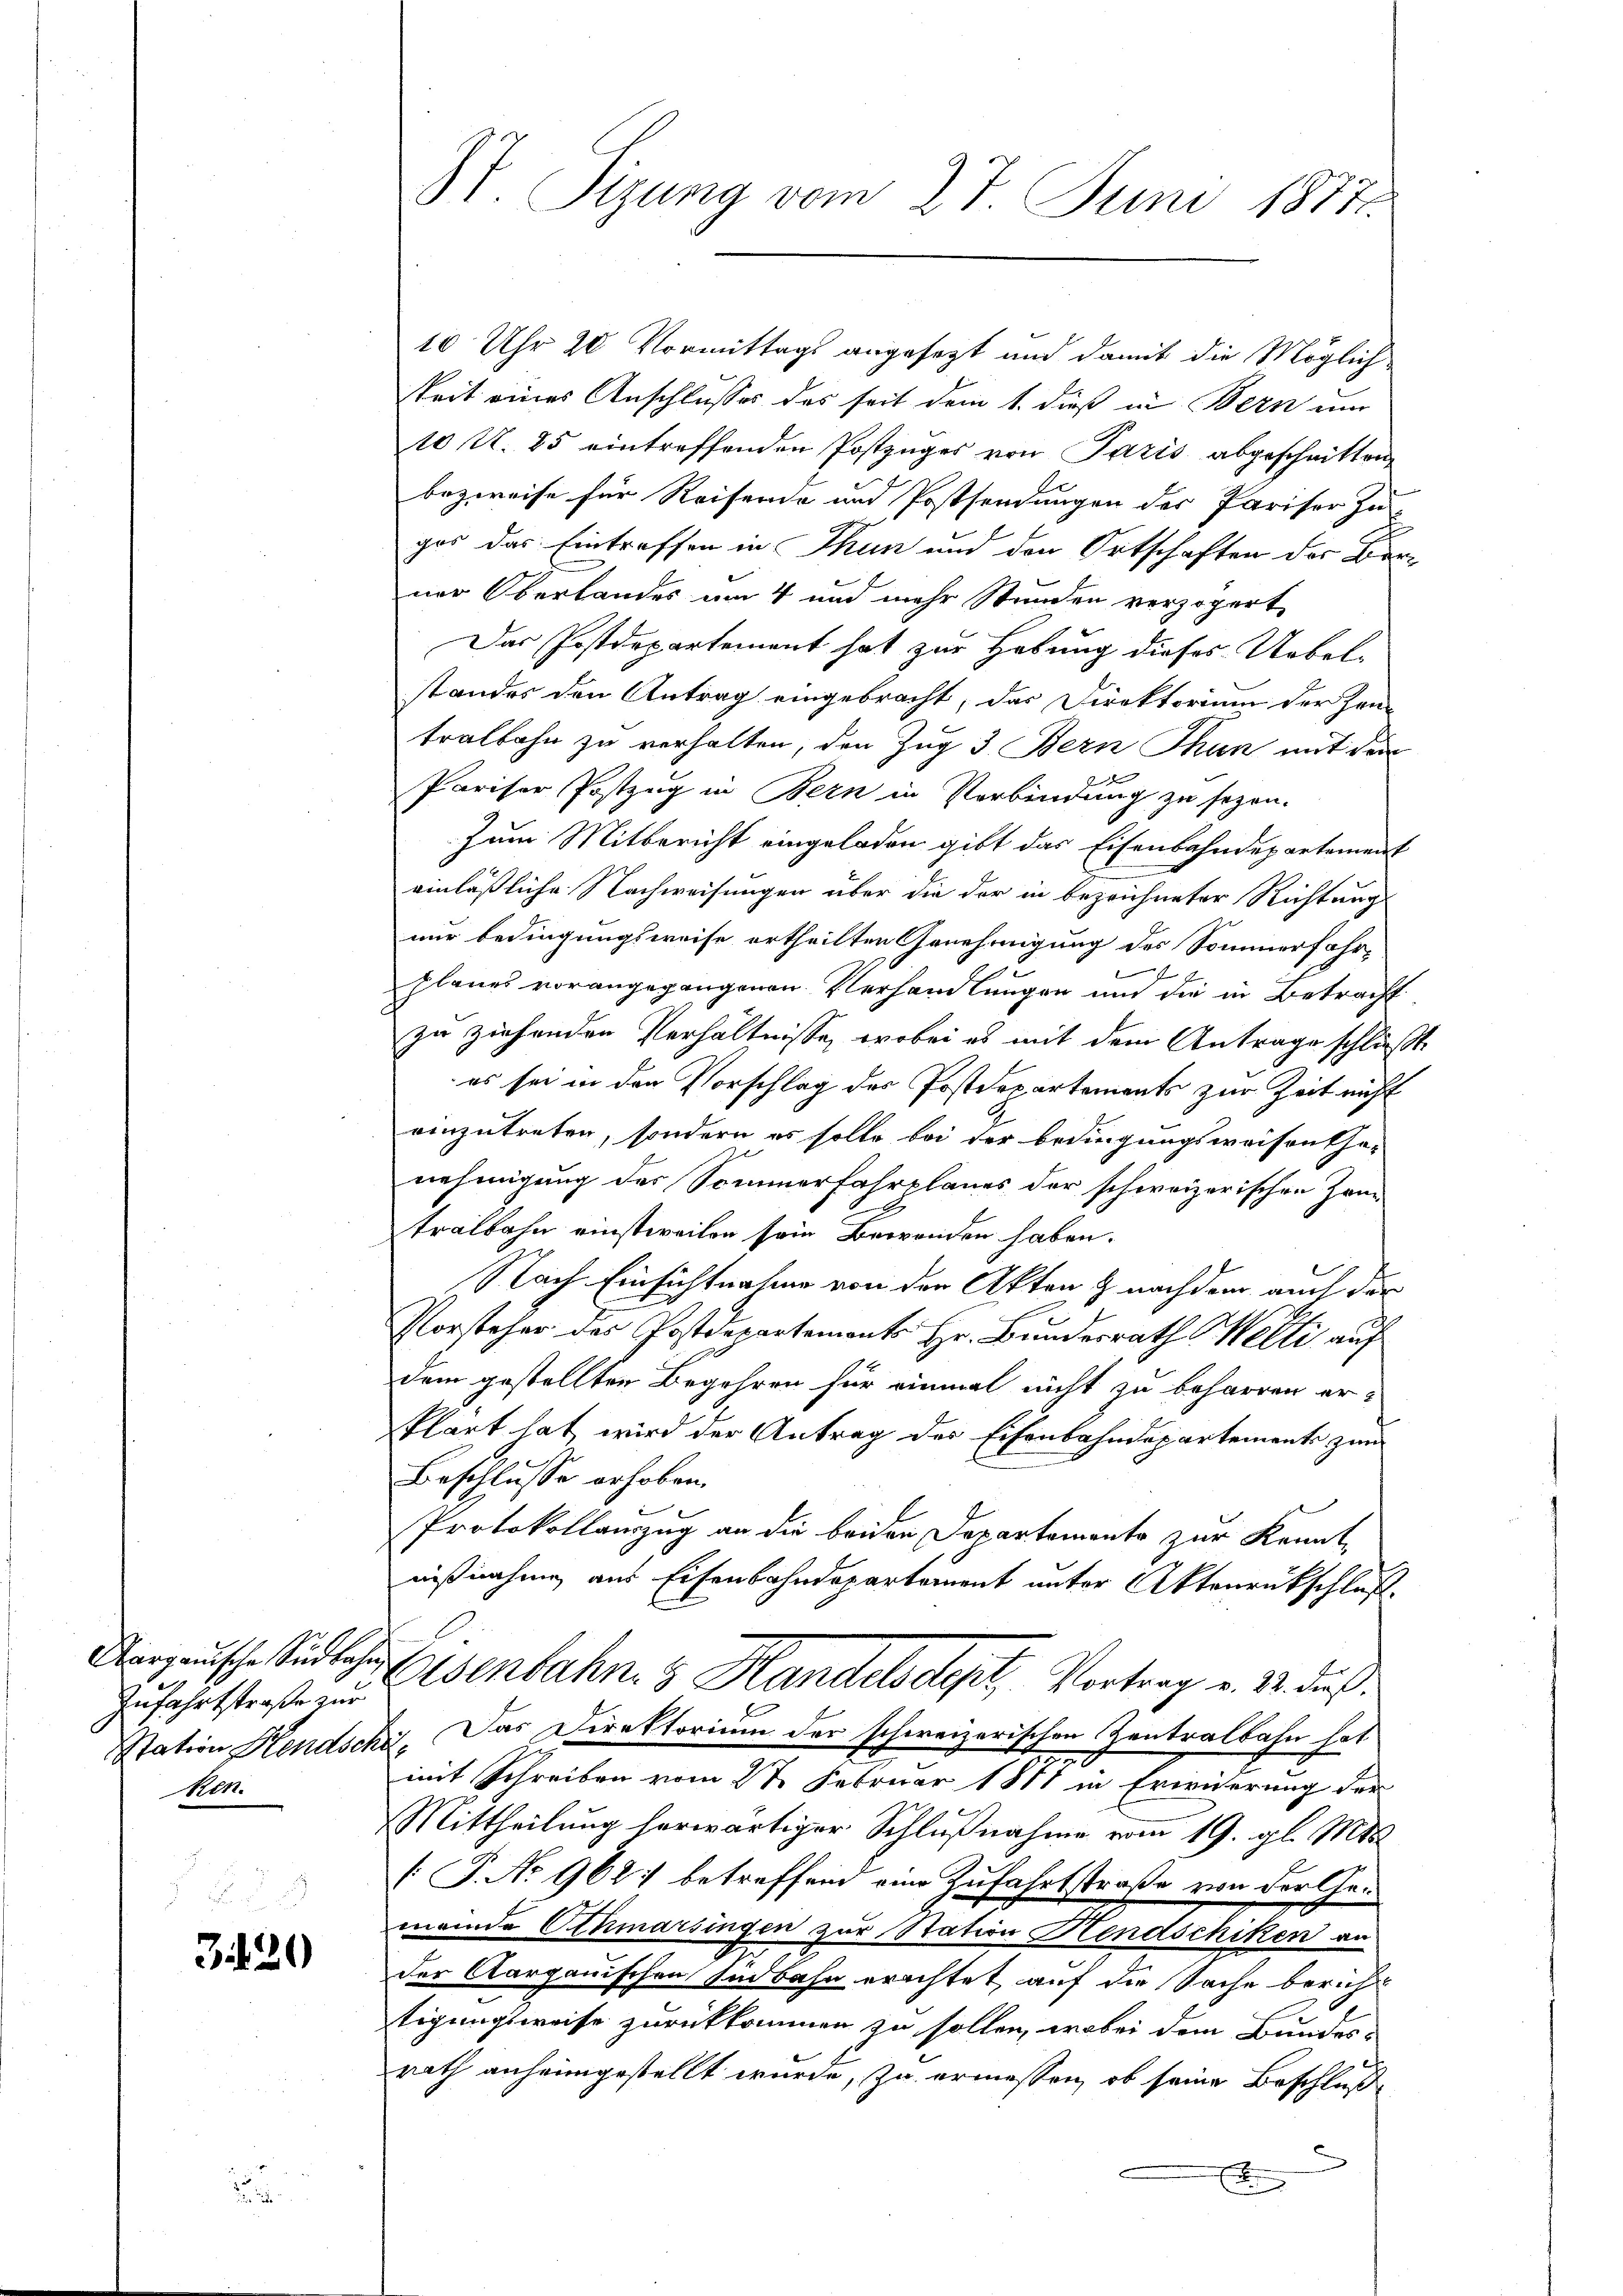
Aargauische Südbahn,
Zufahrtstraße zur
Station Hendsen
ken.

3129

Sizung vom 27. Juni 1877

10 Uhr 20 Vormittags angesetzt und damit die Möglich-
keit eines Anschlusses des seit dem 1. dieß in Bern um
10 U. 25 eintreffenden Postzuges von Paris abgeschritten
bezweife für Reisende und Postsendungen der Pariser Zu-
gos das Eintreffen in Thun und den Ortschaften der Berner Oberlandes um 4 und mehr Stunden verzögert
Das Postdepartement hat zur Hebung dieses Uebel-
standes den Antrag eingebracht, das Direktorium der Han-
tralbahn zu verhalten, den Zug 3. Bern Thun mit dem
e
Pariser Postzug in Bern in Verbindung zu sezen.
Zum Mitbericht eingeladen gibt das Eisenbahndepartement
einläßliche Nachweisungen über die der in bezeichneter Richtung
nur bedingungsweise ertheilten Genehmigung des Sommerfahr-
planes vorangegangenen Verhandlungen und die in Betracht
zu ziehenden Verhältnisse, wobei es mit dem Antrage schlußte
es sei in den Vorschlag des Postdepartements zur Zeit nicht
einzutreten, sondern es solle bei der Bedingungsweisentha-
nehmigung des Sommerfahrplanes der schweizerischen Zei
tralbahn einstweilen sein Bewenden haben.
Nach Einsichtnahme von der Akten & nachdem auch der
Vorsteher des Postdepartements Hr. Bŭndesrath Welti auf
dem gestellten Begehren für einmal nicht zu beharren er-
Plart hat wird der Antrag der Eisenbahndepartemente zum
Beschlusse erhoben.
Protokollauszug an die beiden Departemento zur Kennt-
nißnahme aus Eisenbahndepartement unter Aktenrückschluß.
lsenbahn 3 Handels dest. Vortrag v. M. dus.
. Das Direktorium der schweizerischen Zentralbahn hat
mit Schreiben vom 2 t Februar 1811 in Erwiderung der
Mittheilung herwärtiger Schlußnahme vom 19. gl. Mts.
[P. No 962: betreffend eine Zufahrtstraße von der Gemeinde Othmarsingen zur Station Hendschiken an
der Aargauischen sind bahn erachtet, auf die Sache bericht
tigungsweise zurückkommen zu sollen, wobei dem Bundes-
rath anheimgestellt wurde, zu ermessen, ob seine Beschluße
E